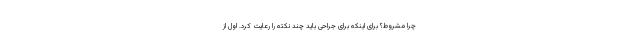
چرا مشروط؟ برای اینکه برای جراحی باید چند نکته را رعایت کرد. اول از